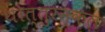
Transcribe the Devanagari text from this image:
थोत्तुरन्कल